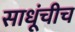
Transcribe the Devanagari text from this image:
साधूंचीच